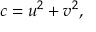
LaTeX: c = u ^ { 2 } + v ^ { 2 } ,